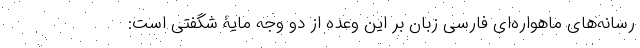
رسانه‌های ماهواره‌ای فارسی زبان بر این وعده از دو وجه مایۀ شگفتی است: